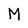
Character: M